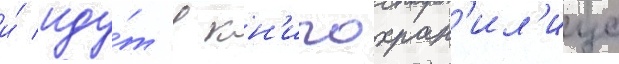
и́ иду́т в кн'игохран'ил'ище